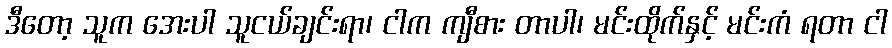
ဒီတော့ သူက အေးပါ သူငယ်ချင်းရာ၊ ငါက ကျီစား တာပါ၊ မင်းထိုက်နှင့် မင်းကံ ရတာ ငါ